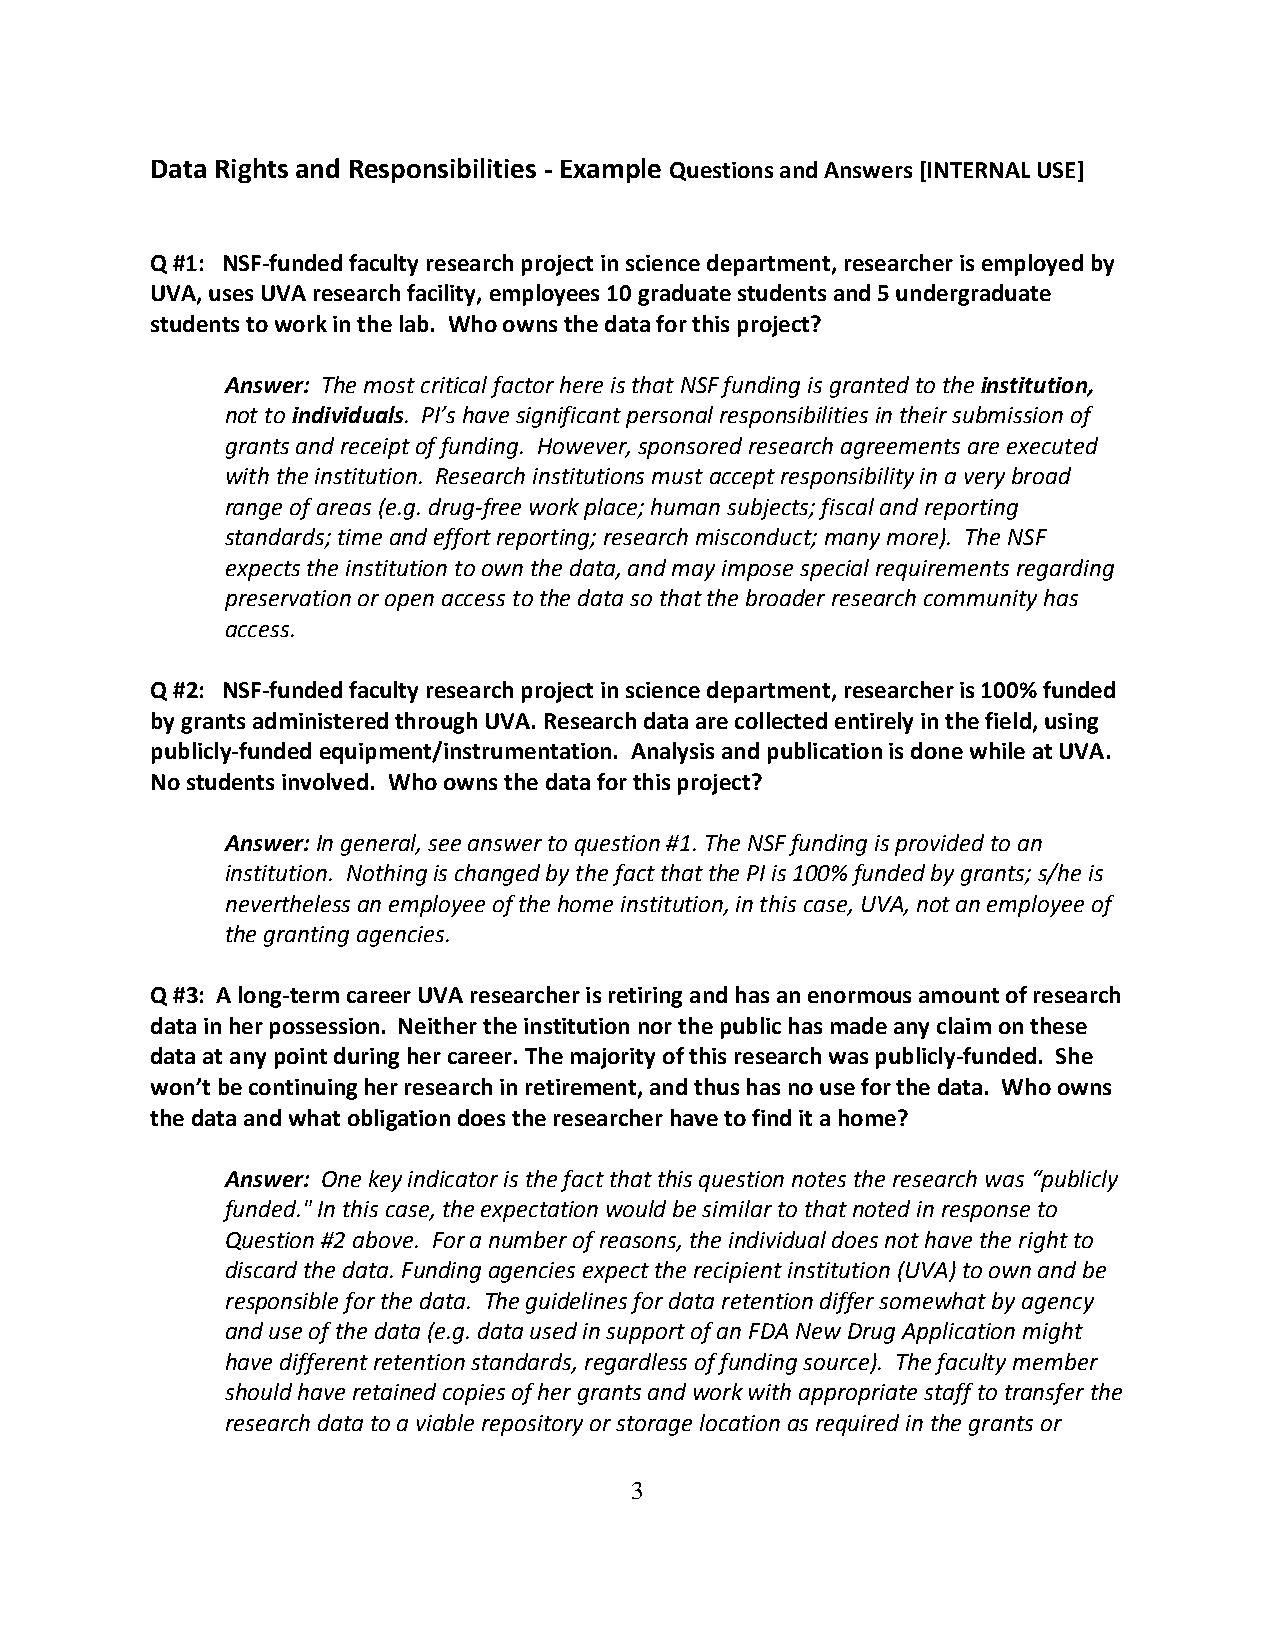
Data Rights and Responsibilities - Example Questions and Answers [INTERNAL USE]
 Q #1: NSF-funded faculty research project in science department, researcher is employed by
 UVA, uses UVA research facility, employees 10 graduate students and 5 undergraduate
 students to work in the lab. Who owns the data for this project?
 Answer: The most critical factor here is that NSF funding is granted to the institution,
 not to individuals. PI’s have significant personal responsibilities in their submission of
 grants and receipt of funding. However, sponsored research agreements are executed
 with the institution. Research institutions must accept responsibility in a very broad
 range of areas (e.g. drug-free work place; human subjects; fiscal and reporting
 standards; time and effort reporting; research misconduct; many more). The NSF
 expects the institution to own the data, and may impose special requirements regarding
 preservation or open access to the data so that the broader research community has
 access.
 Q #2: NSF-funded faculty research project in science department, researcher is 100% funded
 by grants administered through UVA. Research data are collected entirely in the field, using
 publicly-funded equipment/instrumentation. Analysis and publication is done while at UVA.
 No students involved. Who owns the data for this project?
 Answer: In general, see answer to question #1. The NSF funding is provided to an
 institution. Nothing is changed by the fact that the PI is 100% funded by grants; s/he is
 nevertheless an employee of the home institution, in this case, UVA, not an employee of
 the granting agencies.
 Q #3: A long-term career UVA researcher is retiring and has an enormous amount of research
 data in her possession. Neither the institution nor the public has made any claim on these
 data at any point during her career. The majority of this research was publicly-funded. She
 won’t be continuing her research in retirement, and thus has no use for the data. Who owns
 the data and what obligation does the researcher have to find it a home?
 Answer: One key indicator is the fact that this question notes the research was “publicly
 funded." In this case, the expectation would be similar to that noted in response to
 Question #2 above. For a number of reasons, the individual does not have the right to
 discard the data. Funding agencies expect the recipient institution (UVA) to own and be
 responsible for the data. The guidelines for data retention differ somewhat by agency
 and use of the data (e.g. data used in support of an FDA New Drug Application might
 have different retention standards, regardless of funding source). The faculty member
 should have retained copies of her grants and work with appropriate staff to transfer the
 research data to a viable repository or storage location as required in the grants or
 3